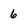
Character: 6